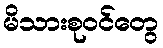
မိသားစုဝင်တွေ